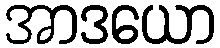
အာဒယော